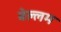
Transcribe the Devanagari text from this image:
बेल्लम